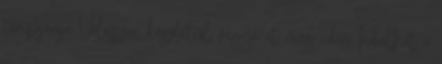
terepjárója Válasszon készletről vegye át még idén Indulhat a